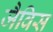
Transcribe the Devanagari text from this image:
जैविस